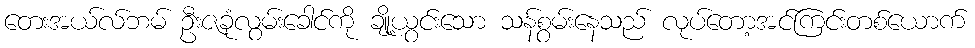
တေးအယ်လ်ဘမ် ဦးဇခုံလွမ်းခေါင်ကို ချို့ယွင်းသော သန်စွမ်းနေသည် လုပ်တော့အင်ကြင်းတစ်ယောက်